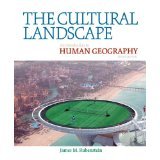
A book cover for The Cultural Landscape, An introduction to Human Geography, Pearson, 10th Edition, James Rubenstein; Politics & Social Sciences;